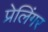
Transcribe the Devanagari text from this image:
प्रेलिंगर